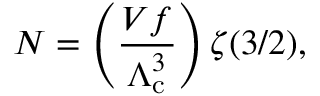
N = \left( { \frac { V f } { \Lambda _ { \mathrm { { c } } } ^ { 3 } } } \right) \zeta ( 3 / 2 ) ,